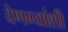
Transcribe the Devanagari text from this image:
देणग्यांशी